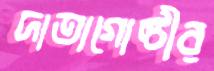
দাতাগোষ্ঠীর